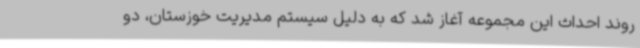
روند احداث این مجموعه آغاز شد که به دلیل سیستم مدیریت خوزستان، دو